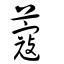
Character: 蔻